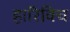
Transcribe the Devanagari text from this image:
हारिविच